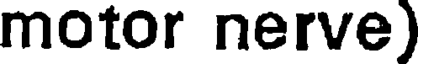
motor nerve)